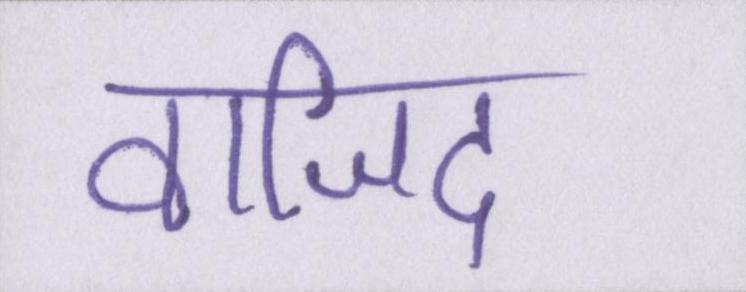
वाजिद